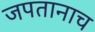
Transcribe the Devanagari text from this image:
जपतानाच